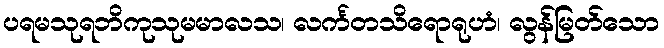
ပရမသုရဘိကုသုမမာလသ၊ လင်္ကတသိရောရုဟံ၊ လွန်မြတ်သော